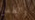
والطفل